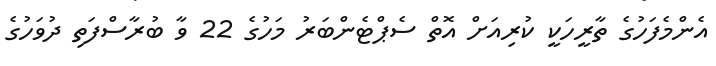
އެންމެފަހުގެ ތާރީހަކީ ކުރިއަށް އޮތް ސެޕްޓެންބަރު މަހުގެ 22 ވާ ބުރާސްފަތި ދުވަހުގެ